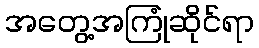
အတွေ့အကြုံဆိုင်ရာ